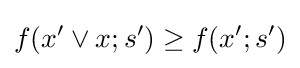
f(x'\vee x;s')\geq f(x';s')